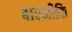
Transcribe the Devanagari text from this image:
बाल्‍मीकि